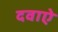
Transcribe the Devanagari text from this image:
दवाऐ